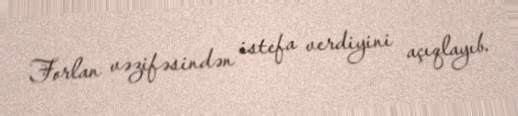
Forlan vəzifəsindən istefa verdiyini açıqlayıb.